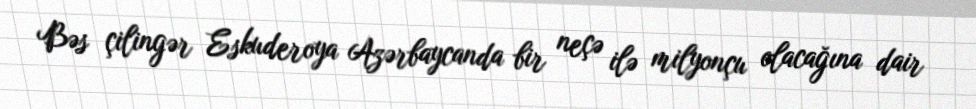
Bəs çilingər Eskuderoya Azərbaycanda bir neçə ilə milyonçu olacağına dair